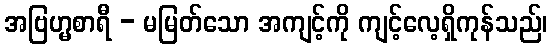
အဗြဟ္မစာရီ - မမြတ်သော အကျင့်ကို ကျင့်လေ့ရှိကုန်သည်၊